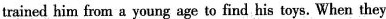
trained him from a young age to find his toys. When they